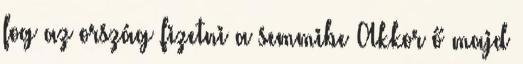
fog az ország fizetni a semmibe Akkor ő majd